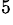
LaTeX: ^\mathrm{5}